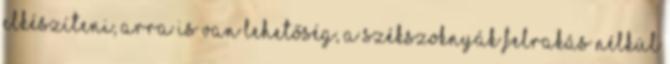
elkészíteni, arra is van lehetőség, a székszoknyák felrakás nélkül